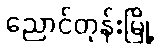
ညောင်တုန်းမြို့